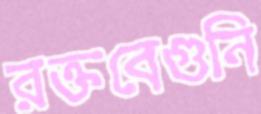
রক্তবেগুনি